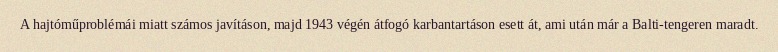
A hajtóműproblémái miatt számos javításon, majd 1943 végén átfogó karbantartáson esett át, ami után már a Balti-tengeren maradt.